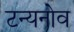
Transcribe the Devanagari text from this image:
टन्यनोव